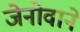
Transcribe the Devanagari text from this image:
जेनोवाने